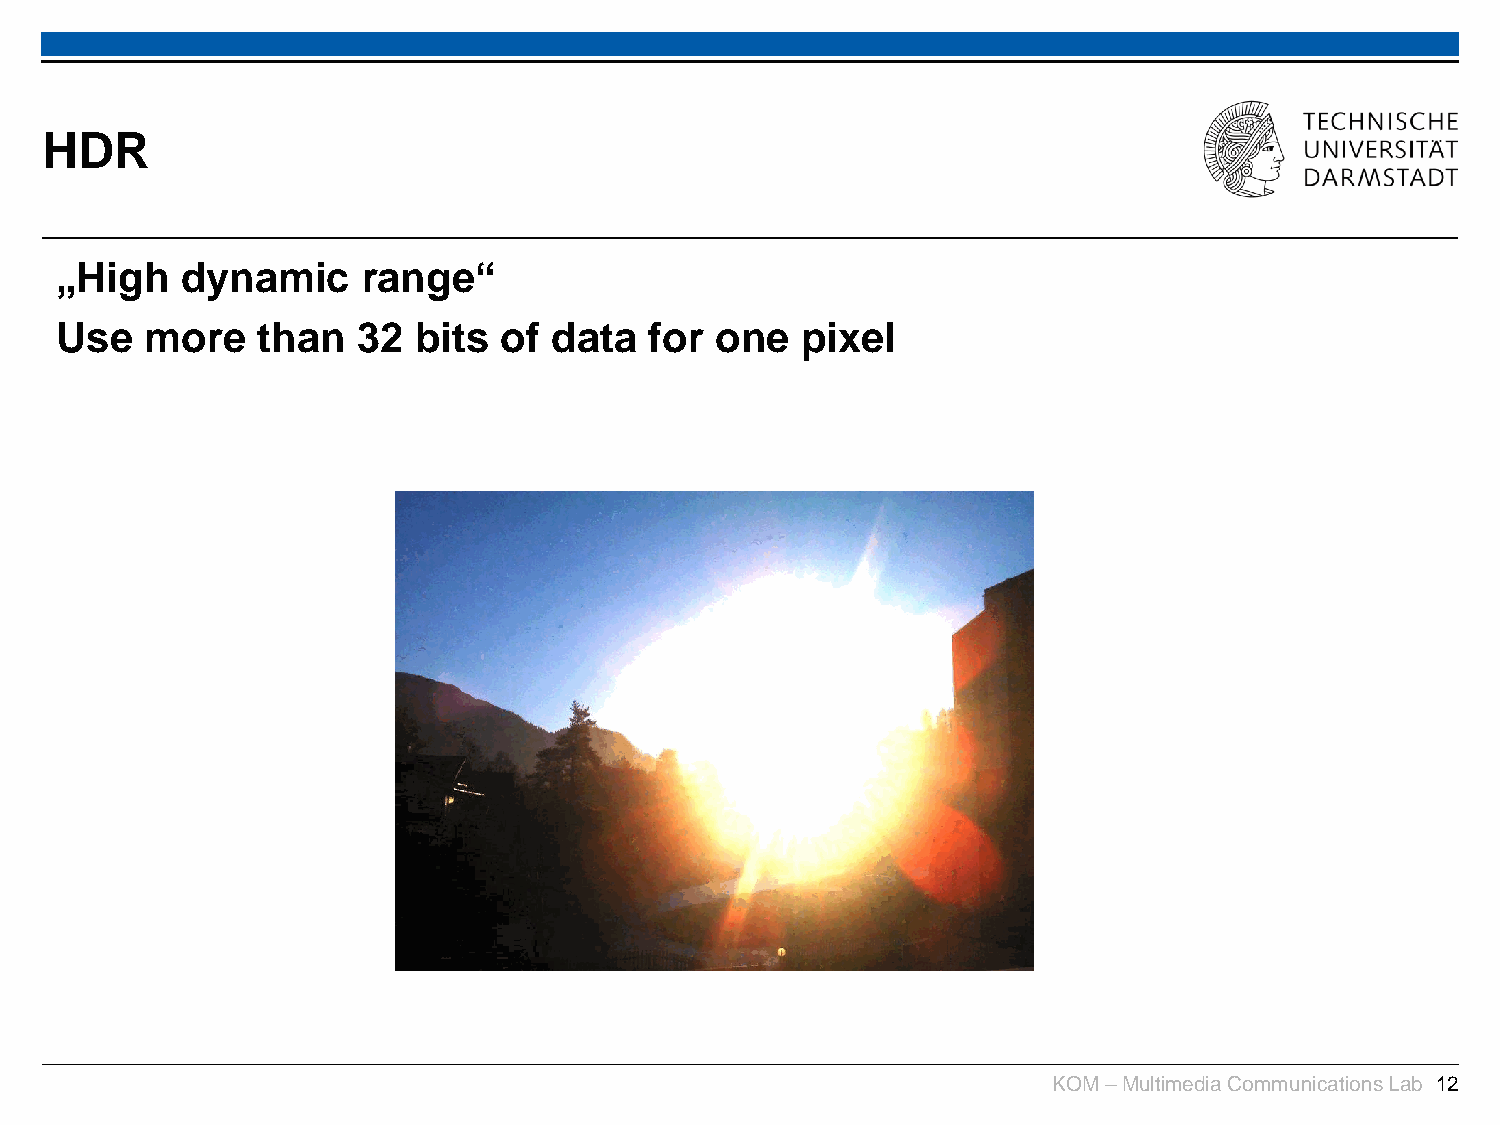
HDR
 „High   dynamic     range“
 Use   more   than   32 bits  of data   for one   pixel
 KOM –Multimedia Communications Lab 12